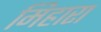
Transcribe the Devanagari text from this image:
मिहारा